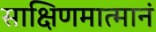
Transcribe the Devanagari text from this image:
साक्षिणमात्मानं